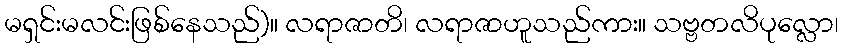
မရှင်းမလင်းဖြစ်နေသည်)။ လရာဇာတိ၊ လရာဇာဟူသည်ကား။ သဗ္ဗတလိပုလ္လော၊